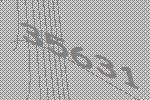
35631